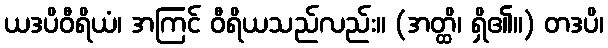
ယဒပိဝီရိယံ၊ အကြင် ဝီရိယသည်လည်း။ (အတ္ထိ၊ ရှိ၏။) တဒပိ၊